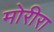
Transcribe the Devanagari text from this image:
मोरीरा